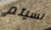
نسيتم